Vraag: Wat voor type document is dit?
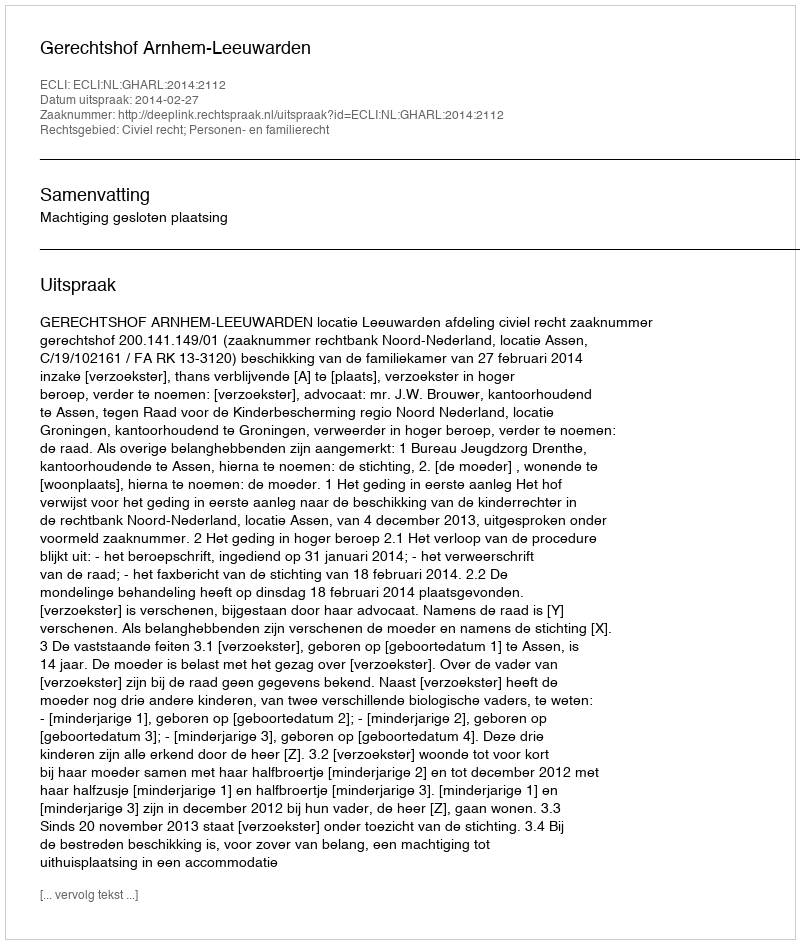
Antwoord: Uitspraak